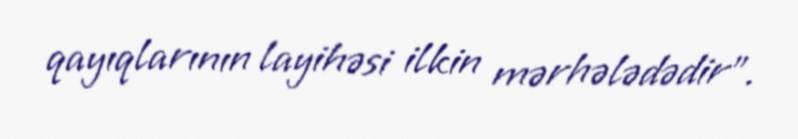
qayıqlarının layihəsi ilkin mərhələdədir”.